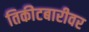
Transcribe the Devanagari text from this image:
तिकीटबारीवर